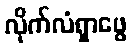
လိုက်လံရှာဖွေ